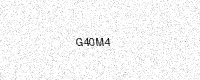
Text: G40M4